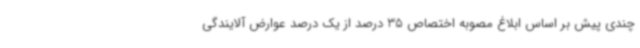
چندی پیش بر اساس ابلاغ مصوبه اختصاص 35 درصد از یک درصد عوارض آلایندگی